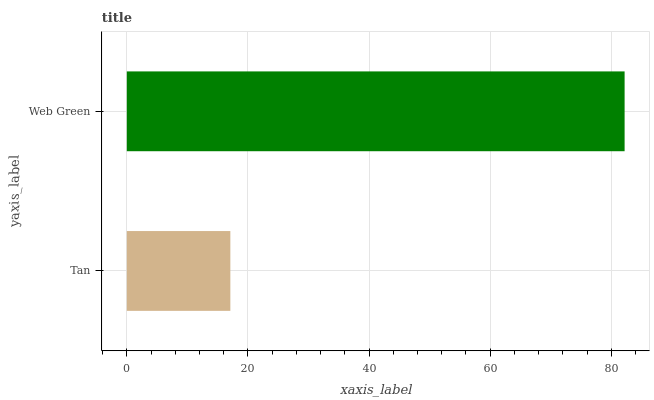
| yaxis_label | bars |
 | --- | --- |
 | Tan | 17.1 |
 | Web Green | 82.2 |